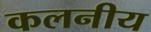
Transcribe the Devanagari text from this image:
कलनीय